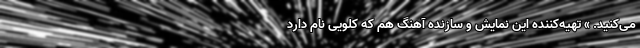
می‌کنید. » تهیه‌کننده این نمایش و سازنده آهنگ هم که کلویی نام دارد